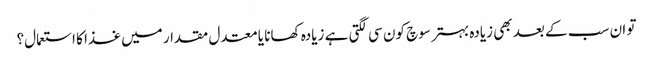
تو ان سب کے بعد بھی زیادہ بہتر سوچ کون سی لگتی ہے زیادہ کھانا یا معتدل مقدار میں غذا کا استعمال؟